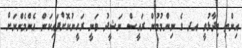
އިންތި ވިދާޅުވީ އދ ގެ ނިންމުމުން ރައީސް ނަޝީދު ވަނީ ރަހީނުކޮށްފައިކަން އެންމެންނަށް